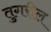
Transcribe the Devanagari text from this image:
तुगरील